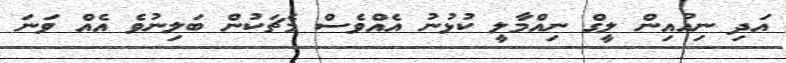
އަދި ނިއުއިން ލީގް ނިއްމާލީ ކުޅުނު އެއްވެސް މެޗަކުން ބަލިނުވެ އެއް ވަނަ